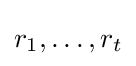
r_{1},\dots ,r_{t}